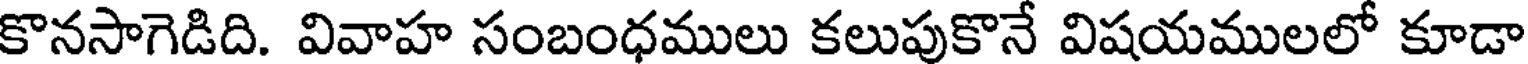
కొనసాగెడిది. వివాహ సంబంధములు కలుపుకొనే విషయములలో కూడా